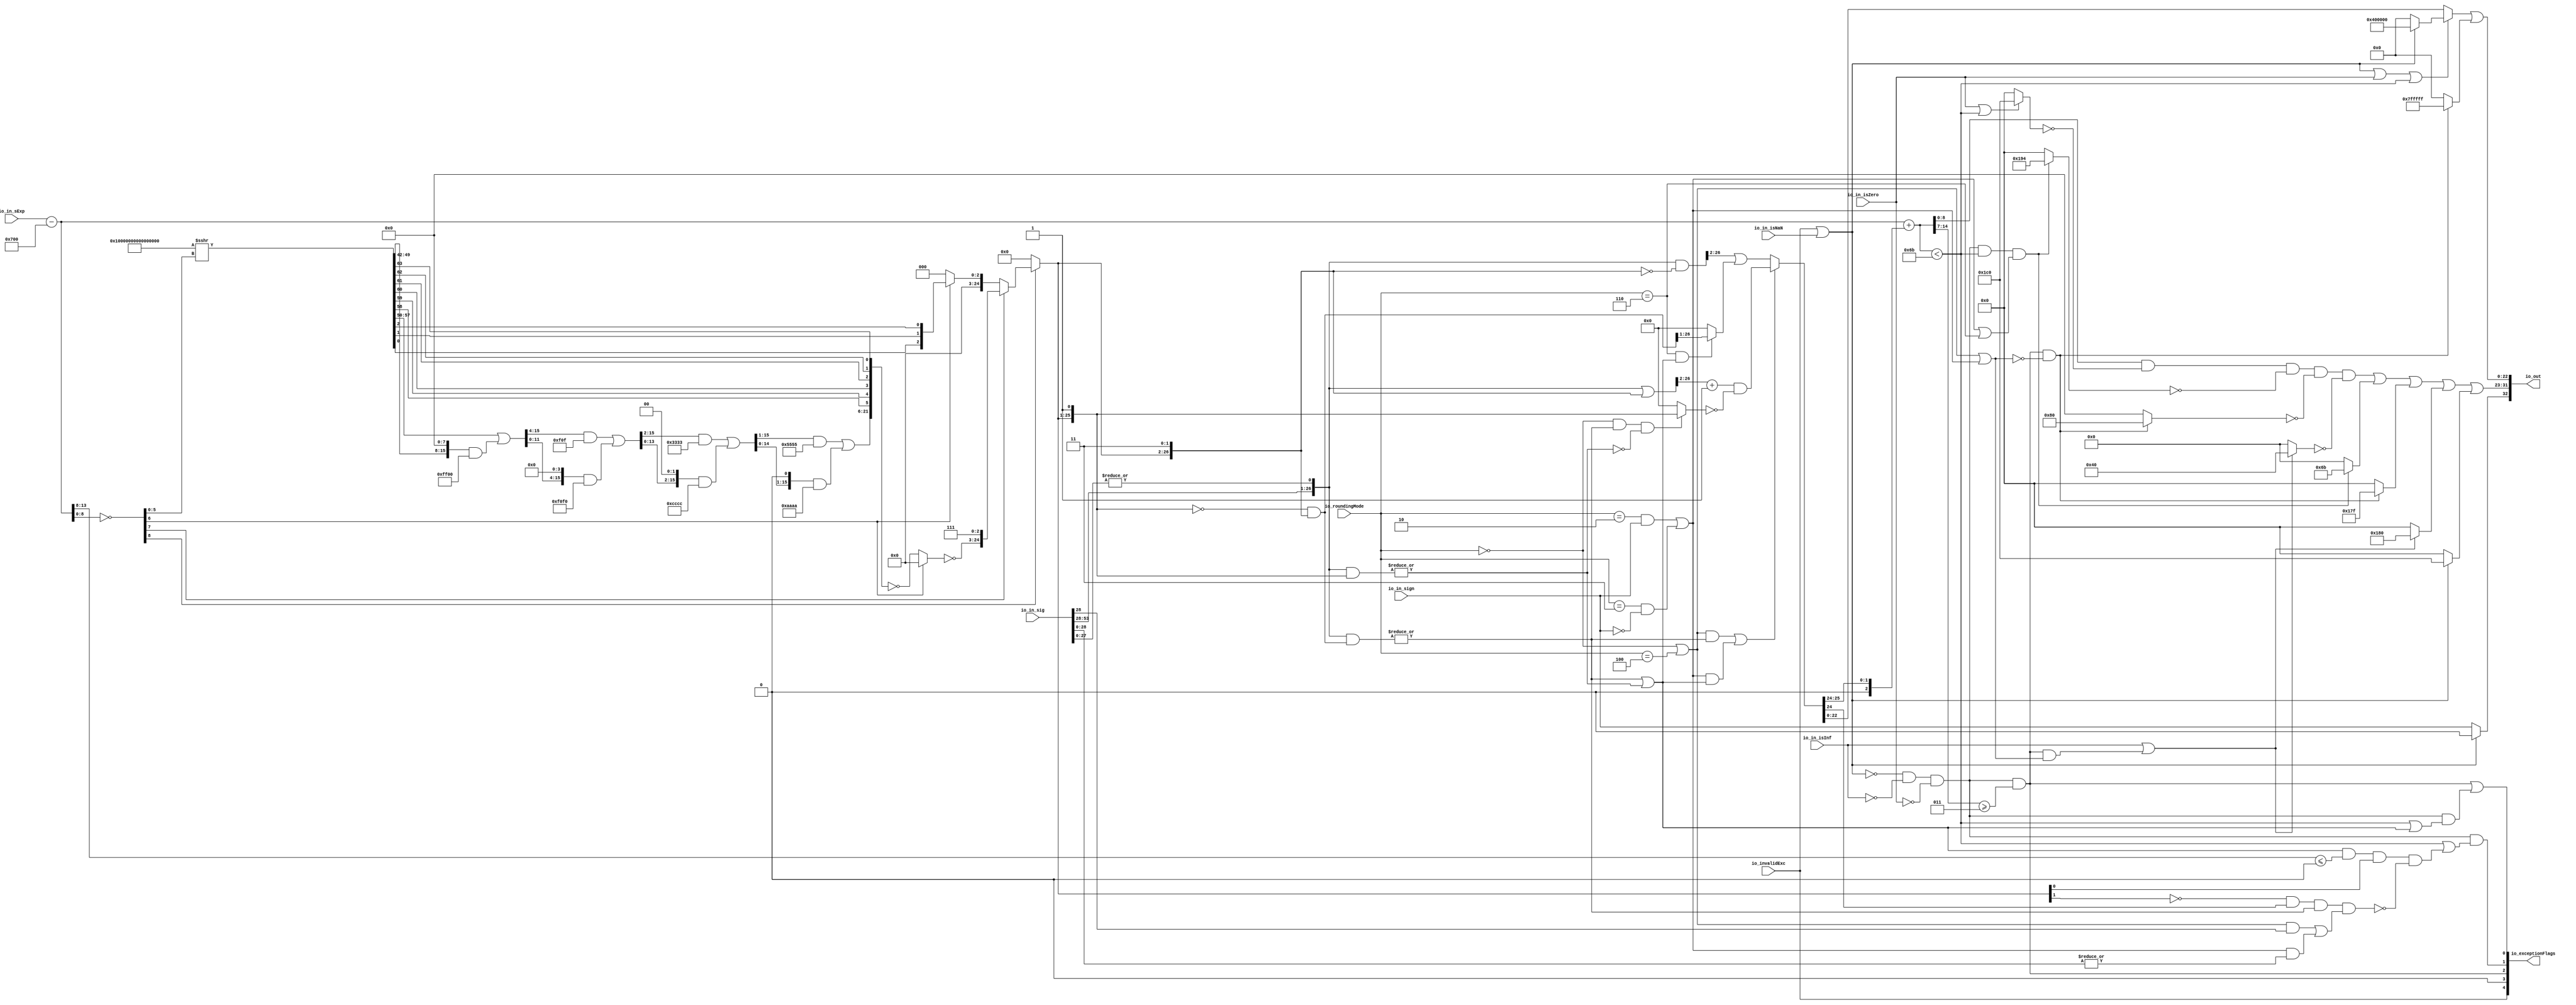
module RoundAnyRawFNToRecFN_3(
  input         io_invalidExc,
  input         io_in_isNaN,
  input         io_in_isInf,
  input         io_in_isZero,
  input         io_in_sign,
  input  [12:0] io_in_sExp,
  input  [53:0] io_in_sig,
  input  [2:0]  io_roundingMode,
  output [32:0] io_out,
  output [4:0]  io_exceptionFlags
);
  wire  roundingMode_near_even = io_roundingMode == 3'h0; // @[RoundAnyRawFNToRecFN.scala 88:53]
  wire  roundingMode_min = io_roundingMode == 3'h2; // @[RoundAnyRawFNToRecFN.scala 90:53]
  wire  roundingMode_max = io_roundingMode == 3'h3; // @[RoundAnyRawFNToRecFN.scala 91:53]
  wire  roundingMode_near_maxMag = io_roundingMode == 3'h4; // @[RoundAnyRawFNToRecFN.scala 92:53]
  wire  roundingMode_odd = io_roundingMode == 3'h6; // @[RoundAnyRawFNToRecFN.scala 93:53]
  wire  roundMagUp = (roundingMode_min & io_in_sign) | (roundingMode_max & (~io_in_sign)); // @[RoundAnyRawFNToRecFN.scala 96:42]
  wire [13:0] sAdjustedExp = $signed(io_in_sExp) - 13'sh700; // @[RoundAnyRawFNToRecFN.scala 108:24]
  wire [25:0] adjustedSig_right = io_in_sig[53:28]; // @[RoundAnyRawFNToRecFN.scala 114:26]
  wire  adjustedSig_left = |(io_in_sig[27:0]); // @[RoundAnyRawFNToRecFN.scala 115:60]
  wire [26:0] adjustedSig = {adjustedSig_right,adjustedSig_left}; // @[Cat.scala 29:58]
  wire [8:0] _roundMask_T_1 = ~(sAdjustedExp[8:0]); // @[primitives.scala 51:21]
  wire  roundMask_msb = _roundMask_T_1[8]; // @[primitives.scala 57:25]
  wire [7:0] roundMask_lsbs = _roundMask_T_1[7:0]; // @[primitives.scala 58:26]
  wire  roundMask_msb_1 = roundMask_lsbs[7]; // @[primitives.scala 57:25]
  wire [6:0] roundMask_lsbs_1 = roundMask_lsbs[6:0]; // @[primitives.scala 58:26]
  wire  roundMask_msb_2 = roundMask_lsbs_1[6]; // @[primitives.scala 57:25]
  wire [5:0] roundMask_lsbs_2 = roundMask_lsbs_1[5:0]; // @[primitives.scala 58:26]
  wire [64:0] roundMask_shift = -65'sh10000000000000000 >>> roundMask_lsbs_2; // @[primitives.scala 77:58]
  wire [15:0] roundMask_res = roundMask_shift[57:42]; // @[Bitwise.scala 109:18]
  wire [15:0] _roundMask_T_6 = {{8'd0}, roundMask_res[15:8]}; // @[Bitwise.scala 103:31]
  wire [15:0] _roundMask_T_8 = {roundMask_res[7:0], 8'h0}; // @[Bitwise.scala 103:65]
  wire [15:0] _roundMask_T_10 = _roundMask_T_8 & 16'hff00; // @[Bitwise.scala 103:75]
  wire [15:0] _roundMask_T_11 = _roundMask_T_6 | _roundMask_T_10; // @[Bitwise.scala 103:39]
  wire [15:0] _GEN_0 = {{4'd0}, _roundMask_T_11[15:4]}; // @[Bitwise.scala 103:31]
  wire [15:0] _roundMask_T_16 = _GEN_0 & 16'hf0f; // @[Bitwise.scala 103:31]
  wire [15:0] _roundMask_T_18 = {_roundMask_T_11[11:0], 4'h0}; // @[Bitwise.scala 103:65]
  wire [15:0] _roundMask_T_20 = _roundMask_T_18 & 16'hf0f0; // @[Bitwise.scala 103:75]
  wire [15:0] _roundMask_T_21 = _roundMask_T_16 | _roundMask_T_20; // @[Bitwise.scala 103:39]
  wire [15:0] _GEN_1 = {{2'd0}, _roundMask_T_21[15:2]}; // @[Bitwise.scala 103:31]
  wire [15:0] _roundMask_T_26 = _GEN_1 & 16'h3333; // @[Bitwise.scala 103:31]
  wire [15:0] _roundMask_T_28 = {_roundMask_T_21[13:0], 2'h0}; // @[Bitwise.scala 103:65]
  wire [15:0] _roundMask_T_30 = _roundMask_T_28 & 16'hcccc; // @[Bitwise.scala 103:75]
  wire [15:0] _roundMask_T_31 = _roundMask_T_26 | _roundMask_T_30; // @[Bitwise.scala 103:39]
  wire [15:0] _GEN_2 = {{1'd0}, _roundMask_T_31[15:1]}; // @[Bitwise.scala 103:31]
  wire [15:0] _roundMask_T_36 = _GEN_2 & 16'h5555; // @[Bitwise.scala 103:31]
  wire [15:0] _roundMask_T_38 = {_roundMask_T_31[14:0], 1'h0}; // @[Bitwise.scala 103:65]
  wire [15:0] _roundMask_T_40 = _roundMask_T_38 & 16'haaaa; // @[Bitwise.scala 103:75]
  wire [15:0] roundMask_right = _roundMask_T_36 | _roundMask_T_40; // @[Bitwise.scala 103:39]
  wire  roundMask_right_1 = roundMask_shift[58]; // @[Bitwise.scala 109:18]
  wire  roundMask_left = roundMask_shift[59]; // @[Bitwise.scala 109:44]
  wire  roundMask_right_3 = roundMask_shift[60]; // @[Bitwise.scala 109:18]
  wire  roundMask_left_1 = roundMask_shift[61]; // @[Bitwise.scala 109:44]
  wire  roundMask_right_5 = roundMask_shift[62]; // @[Bitwise.scala 109:18]
  wire  roundMask_left_3 = roundMask_shift[63]; // @[Bitwise.scala 109:44]
  wire [21:0] _roundMask_T_46 = {roundMask_right,roundMask_right_1,roundMask_left,roundMask_right_3,roundMask_left_1,
    roundMask_right_5,roundMask_left_3}; // @[Cat.scala 29:58]
  wire [21:0] _roundMask_T_47 = ~_roundMask_T_46; // @[primitives.scala 74:36]
  wire [21:0] _roundMask_T_48 = roundMask_msb_2 ? 22'h0 : _roundMask_T_47; // @[primitives.scala 74:21]
  wire [21:0] roundMask_right_6 = ~_roundMask_T_48; // @[primitives.scala 74:17]
  wire [24:0] _roundMask_T_49 = {roundMask_right_6,3'h7}; // @[Cat.scala 29:58]
  wire  roundMask_right_7 = roundMask_shift[0]; // @[Bitwise.scala 109:18]
  wire  roundMask_left_6 = roundMask_shift[1]; // @[Bitwise.scala 109:44]
  wire  roundMask_left_7 = roundMask_shift[2]; // @[Bitwise.scala 109:44]
  wire [2:0] _roundMask_T_52 = {roundMask_right_7,roundMask_left_6,roundMask_left_7}; // @[Cat.scala 29:58]
  wire [2:0] _roundMask_T_53 = roundMask_msb_2 ? _roundMask_T_52 : 3'h0; // @[primitives.scala 61:24]
  wire [24:0] _roundMask_T_54 = roundMask_msb_1 ? _roundMask_T_49 : {{22'd0}, _roundMask_T_53}; // @[primitives.scala 66:24]
  wire [24:0] roundMask_right_9 = roundMask_msb ? _roundMask_T_54 : 25'h0; // @[primitives.scala 61:24]
  wire [26:0] roundMask = {roundMask_right_9,2'h3}; // @[Cat.scala 29:58]
  wire [25:0] shiftedRoundMask_left = roundMask[26:1]; // @[RoundAnyRawFNToRecFN.scala 160:57]
  wire [26:0] shiftedRoundMask = {1'h0,shiftedRoundMask_left}; // @[Cat.scala 29:58]
  wire [26:0] _roundPosMask_T = ~shiftedRoundMask; // @[RoundAnyRawFNToRecFN.scala 161:28]
  wire [26:0] roundPosMask = _roundPosMask_T & roundMask; // @[RoundAnyRawFNToRecFN.scala 161:46]
  wire [26:0] _roundPosBit_T = adjustedSig & roundPosMask; // @[RoundAnyRawFNToRecFN.scala 162:40]
  wire  roundPosBit = |_roundPosBit_T; // @[RoundAnyRawFNToRecFN.scala 162:56]
  wire [26:0] _anyRoundExtra_T = adjustedSig & shiftedRoundMask; // @[RoundAnyRawFNToRecFN.scala 163:42]
  wire  anyRoundExtra = |_anyRoundExtra_T; // @[RoundAnyRawFNToRecFN.scala 163:62]
  wire  anyRound = roundPosBit | anyRoundExtra; // @[RoundAnyRawFNToRecFN.scala 164:36]
  wire  _roundIncr_T = roundingMode_near_even | roundingMode_near_maxMag; // @[RoundAnyRawFNToRecFN.scala 167:38]
  wire  _roundIncr_T_1 = (roundingMode_near_even | roundingMode_near_maxMag) & roundPosBit; // @[RoundAnyRawFNToRecFN.scala 167:67]
  wire  _roundIncr_T_2 = roundMagUp & anyRound; // @[RoundAnyRawFNToRecFN.scala 169:29]
  wire  roundIncr = _roundIncr_T_1 | _roundIncr_T_2; // @[RoundAnyRawFNToRecFN.scala 168:31]
  wire [26:0] _roundedSig_T = adjustedSig | roundMask; // @[RoundAnyRawFNToRecFN.scala 172:32]
  wire [25:0] _roundedSig_T_2 = (_roundedSig_T[26:2]) + 25'h1; // @[RoundAnyRawFNToRecFN.scala 172:49]
  wire  _roundedSig_T_4 = ~anyRoundExtra; // @[RoundAnyRawFNToRecFN.scala 174:30]
  wire  _roundedSig_T_5 = (roundingMode_near_even & roundPosBit) & _roundedSig_T_4; // @[RoundAnyRawFNToRecFN.scala 173:64]
  wire [25:0] _roundedSig_T_7 = _roundedSig_T_5 ? shiftedRoundMask_left : 26'h0; // @[RoundAnyRawFNToRecFN.scala 173:25]
  wire [25:0] _roundedSig_T_8 = ~_roundedSig_T_7; // @[RoundAnyRawFNToRecFN.scala 173:21]
  wire [25:0] _roundedSig_T_9 = _roundedSig_T_2 & _roundedSig_T_8; // @[RoundAnyRawFNToRecFN.scala 172:61]
  wire [26:0] _roundedSig_T_10 = ~roundMask; // @[RoundAnyRawFNToRecFN.scala 178:32]
  wire [26:0] _roundedSig_T_11 = adjustedSig & _roundedSig_T_10; // @[RoundAnyRawFNToRecFN.scala 178:30]
  wire  _roundedSig_T_13 = roundingMode_odd & anyRound; // @[RoundAnyRawFNToRecFN.scala 179:42]
  wire [25:0] _roundedSig_T_15 = _roundedSig_T_13 ? roundPosMask[26:1] : 26'h0; // @[RoundAnyRawFNToRecFN.scala 179:24]
  wire [25:0] _GEN_3 = {{1'd0}, _roundedSig_T_11[26:2]}; // @[RoundAnyRawFNToRecFN.scala 178:47]
  wire [25:0] _roundedSig_T_16 = _GEN_3 | _roundedSig_T_15; // @[RoundAnyRawFNToRecFN.scala 178:47]
  wire [25:0] roundedSig = roundIncr ? _roundedSig_T_9 : _roundedSig_T_16; // @[RoundAnyRawFNToRecFN.scala 171:16]
  wire [2:0] _sRoundedExp_T_1 = {1'b0,$signed(roundedSig[25:24])}; // @[RoundAnyRawFNToRecFN.scala 183:69]
  wire [13:0] _GEN_4 = {{11{_sRoundedExp_T_1[2]}},_sRoundedExp_T_1}; // @[RoundAnyRawFNToRecFN.scala 183:40]
  wire [14:0] sRoundedExp = $signed(sAdjustedExp) + $signed(_GEN_4); // @[RoundAnyRawFNToRecFN.scala 183:40]
  wire [8:0] common_expOut = sRoundedExp[8:0]; // @[RoundAnyRawFNToRecFN.scala 185:37]
  wire [22:0] common_fractOut = roundedSig[22:0]; // @[RoundAnyRawFNToRecFN.scala 189:27]
  wire [7:0] _common_overflow_T = sRoundedExp[14:7]; // @[RoundAnyRawFNToRecFN.scala 194:30]
  wire  common_overflow = $signed(_common_overflow_T) >= 8'sh3; // @[RoundAnyRawFNToRecFN.scala 194:50]
  wire  common_totalUnderflow = $signed(sRoundedExp) < 15'sh6b; // @[RoundAnyRawFNToRecFN.scala 198:31]
  wire  unboundedRange_roundPosBit = adjustedSig[1]; // @[RoundAnyRawFNToRecFN.scala 201:61]
  wire  unboundedRange_anyRound = |(adjustedSig[1:0]); // @[RoundAnyRawFNToRecFN.scala 203:70]
  wire  _unboundedRange_roundIncr_T_1 = _roundIncr_T & unboundedRange_roundPosBit; // @[RoundAnyRawFNToRecFN.scala 205:67]
  wire  _unboundedRange_roundIncr_T_2 = roundMagUp & unboundedRange_anyRound; // @[RoundAnyRawFNToRecFN.scala 207:29]
  wire  unboundedRange_roundIncr = _unboundedRange_roundIncr_T_1 | _unboundedRange_roundIncr_T_2; // @[RoundAnyRawFNToRecFN.scala 206:46]
  wire  roundCarry = roundedSig[24]; // @[RoundAnyRawFNToRecFN.scala 211:27]
  wire [5:0] _common_underflow_T = sAdjustedExp[13:8]; // @[RoundAnyRawFNToRecFN.scala 218:48]
  wire  _common_underflow_T_6 = (anyRound & ($signed(_common_underflow_T) <= 6'sh0)) & (roundMask[2]); // @[RoundAnyRawFNToRecFN.scala 218:74]
  wire  _common_underflow_T_11 = ~(roundMask[3]); // @[RoundAnyRawFNToRecFN.scala 221:34]
  wire  _common_underflow_T_13 = _common_underflow_T_11 & roundCarry; // @[RoundAnyRawFNToRecFN.scala 224:38]
  wire  _common_underflow_T_15 = (_common_underflow_T_13 & roundPosBit) & unboundedRange_roundIncr; // @[RoundAnyRawFNToRecFN.scala 225:60]
  wire  _common_underflow_T_16 = ~_common_underflow_T_15; // @[RoundAnyRawFNToRecFN.scala 220:27]
  wire  _common_underflow_T_17 = _common_underflow_T_6 & _common_underflow_T_16; // @[RoundAnyRawFNToRecFN.scala 219:76]
  wire  common_underflow = common_totalUnderflow | _common_underflow_T_17; // @[RoundAnyRawFNToRecFN.scala 215:40]
  wire  common_inexact = common_totalUnderflow | anyRound; // @[RoundAnyRawFNToRecFN.scala 228:49]
  wire  isNaNOut = io_invalidExc | io_in_isNaN; // @[RoundAnyRawFNToRecFN.scala 233:34]
  wire  commonCase = ((~isNaNOut) & (~io_in_isInf)) & (~io_in_isZero); // @[RoundAnyRawFNToRecFN.scala 235:61]
  wire  overflow = commonCase & common_overflow; // @[RoundAnyRawFNToRecFN.scala 236:32]
  wire  underflow = commonCase & common_underflow; // @[RoundAnyRawFNToRecFN.scala 237:32]
  wire  inexact = overflow | (commonCase & common_inexact); // @[RoundAnyRawFNToRecFN.scala 238:28]
  wire  overflow_roundMagUp = _roundIncr_T | roundMagUp; // @[RoundAnyRawFNToRecFN.scala 241:60]
  wire  pegMinNonzeroMagOut = (commonCase & common_totalUnderflow) & (roundMagUp | roundingMode_odd); // @[RoundAnyRawFNToRecFN.scala 243:45]
  wire  pegMaxFiniteMagOut = overflow & (~overflow_roundMagUp); // @[RoundAnyRawFNToRecFN.scala 244:39]
  wire  notNaN_isInfOut = io_in_isInf | (overflow & overflow_roundMagUp); // @[RoundAnyRawFNToRecFN.scala 246:32]
  wire  signOut = isNaNOut ? 1'h0 : io_in_sign; // @[RoundAnyRawFNToRecFN.scala 248:22]
  wire  _expOut_T = io_in_isZero | common_totalUnderflow; // @[RoundAnyRawFNToRecFN.scala 251:32]
  wire [8:0] _expOut_T_1 = _expOut_T ? 9'h1c0 : 9'h0; // @[RoundAnyRawFNToRecFN.scala 251:18]
  wire [8:0] _expOut_T_2 = ~_expOut_T_1; // @[RoundAnyRawFNToRecFN.scala 251:14]
  wire [8:0] _expOut_T_3 = common_expOut & _expOut_T_2; // @[RoundAnyRawFNToRecFN.scala 250:24]
  wire [8:0] _expOut_T_5 = pegMinNonzeroMagOut ? 9'h194 : 9'h0; // @[RoundAnyRawFNToRecFN.scala 255:18]
  wire [8:0] _expOut_T_6 = ~_expOut_T_5; // @[RoundAnyRawFNToRecFN.scala 255:14]
  wire [8:0] _expOut_T_7 = _expOut_T_3 & _expOut_T_6; // @[RoundAnyRawFNToRecFN.scala 254:17]
  wire [8:0] _expOut_T_8 = pegMaxFiniteMagOut ? 9'h80 : 9'h0; // @[RoundAnyRawFNToRecFN.scala 259:18]
  wire [8:0] _expOut_T_9 = ~_expOut_T_8; // @[RoundAnyRawFNToRecFN.scala 259:14]
  wire [8:0] _expOut_T_10 = _expOut_T_7 & _expOut_T_9; // @[RoundAnyRawFNToRecFN.scala 258:17]
  wire [8:0] _expOut_T_11 = notNaN_isInfOut ? 9'h40 : 9'h0; // @[RoundAnyRawFNToRecFN.scala 263:18]
  wire [8:0] _expOut_T_12 = ~_expOut_T_11; // @[RoundAnyRawFNToRecFN.scala 263:14]
  wire [8:0] _expOut_T_13 = _expOut_T_10 & _expOut_T_12; // @[RoundAnyRawFNToRecFN.scala 262:17]
  wire [8:0] _expOut_T_14 = pegMinNonzeroMagOut ? 9'h6b : 9'h0; // @[RoundAnyRawFNToRecFN.scala 267:16]
  wire [8:0] _expOut_T_15 = _expOut_T_13 | _expOut_T_14; // @[RoundAnyRawFNToRecFN.scala 266:18]
  wire [8:0] _expOut_T_16 = pegMaxFiniteMagOut ? 9'h17f : 9'h0; // @[RoundAnyRawFNToRecFN.scala 271:16]
  wire [8:0] _expOut_T_17 = _expOut_T_15 | _expOut_T_16; // @[RoundAnyRawFNToRecFN.scala 270:15]
  wire [8:0] _expOut_T_18 = notNaN_isInfOut ? 9'h180 : 9'h0; // @[RoundAnyRawFNToRecFN.scala 275:16]
  wire [8:0] _expOut_T_19 = _expOut_T_17 | _expOut_T_18; // @[RoundAnyRawFNToRecFN.scala 274:15]
  wire [8:0] _expOut_T_20 = isNaNOut ? 9'h1c0 : 9'h0; // @[RoundAnyRawFNToRecFN.scala 276:16]
  wire [8:0] expOut = _expOut_T_19 | _expOut_T_20; // @[RoundAnyRawFNToRecFN.scala 275:77]
  wire  _fractOut_T_1 = (isNaNOut | io_in_isZero) | common_totalUnderflow; // @[RoundAnyRawFNToRecFN.scala 278:38]
  wire [22:0] _fractOut_T_2 = isNaNOut ? 23'h400000 : 23'h0; // @[RoundAnyRawFNToRecFN.scala 279:16]
  wire [22:0] _fractOut_T_3 = _fractOut_T_1 ? _fractOut_T_2 : common_fractOut; // @[RoundAnyRawFNToRecFN.scala 278:12]
  wire [22:0] _fractOut_T_5 = pegMaxFiniteMagOut ? 23'h7fffff : 23'h0; // @[Bitwise.scala 72:12]
  wire [22:0] fractOut = _fractOut_T_3 | _fractOut_T_5; // @[RoundAnyRawFNToRecFN.scala 281:11]
  wire [9:0] io_out_right = {signOut,expOut}; // @[Cat.scala 29:58]
  wire [1:0] io_exceptionFlags_left = {underflow,inexact}; // @[Cat.scala 29:58]
  wire [2:0] io_exceptionFlags_right = {io_invalidExc,1'h0,overflow}; // @[Cat.scala 29:58]
  assign io_out = {io_out_right,fractOut}; // @[Cat.scala 29:58]
  assign io_exceptionFlags = {io_exceptionFlags_right,io_exceptionFlags_left}; // @[Cat.scala 29:58]
endmodule